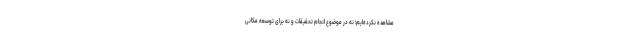
مشاهده نکرده‌ایم؛ نه در موضوع انجام تحقیقات و نه برای توسعه مکانی